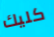
كليك